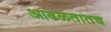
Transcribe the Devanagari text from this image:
आढळतातच